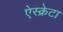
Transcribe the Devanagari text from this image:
ऐस्क्रेटा